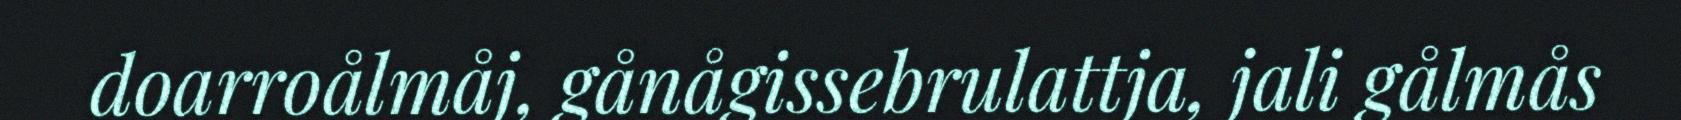
doarroålmåj, gånågissebrulattja, jali gålmås